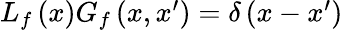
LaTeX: \begin{array}{r}{L_{f}\left(x\right)G_{f}\left(x,x^{\prime}\right)=\delta\left(x-x^{\prime}\right)}\end{array}